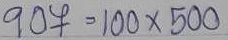
907 = 100 x 500